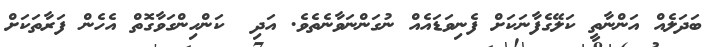
ބަދަލެއް އަންނާތީ ކަލޭގެފާނަކަށް ފެނިވަޑައެއް ނުގަންނަވާނެތެވެ. އަދި  ކަންހިންގަވާގޮތް އެހެން ފަރާތަކަށް